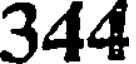
344